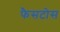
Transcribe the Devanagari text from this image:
फैसटोस